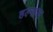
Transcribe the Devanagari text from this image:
हल्सल